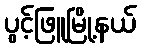
ပွင့်ဖြူမြို့နယ်